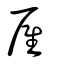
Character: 雇